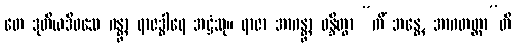
တေ ဒုတိယဒိဝသေ ဂန္တွာ ရာဇဒွါရေ အဋ္ဌံသု။ ရာဇာ အာဂန္တွာ ဝန္ဒိတွာ “ကိံ ဘန္တေ, အာဂတတ္ထာ”တိ